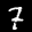
Label: 7